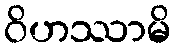
ဝိဟဿာမိ